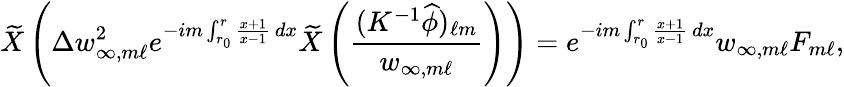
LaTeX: \widetilde{X}\left(\Delta w_{\infty,m\ell}^{2}e^{-im\int_{r_{0}}^{r}\frac{x+1}{x-1}\, dx}\widetilde{X}\left(\frac{(K^{-1}\widehat{\phi})_{\ell m}}{w_{\infty,m\ell}}\right)\right)=e^{-im\int_{r_{0}}^{r}\frac{x+1}{x-1}\, dx}w_{\infty,m\ell}F_{m\ell},